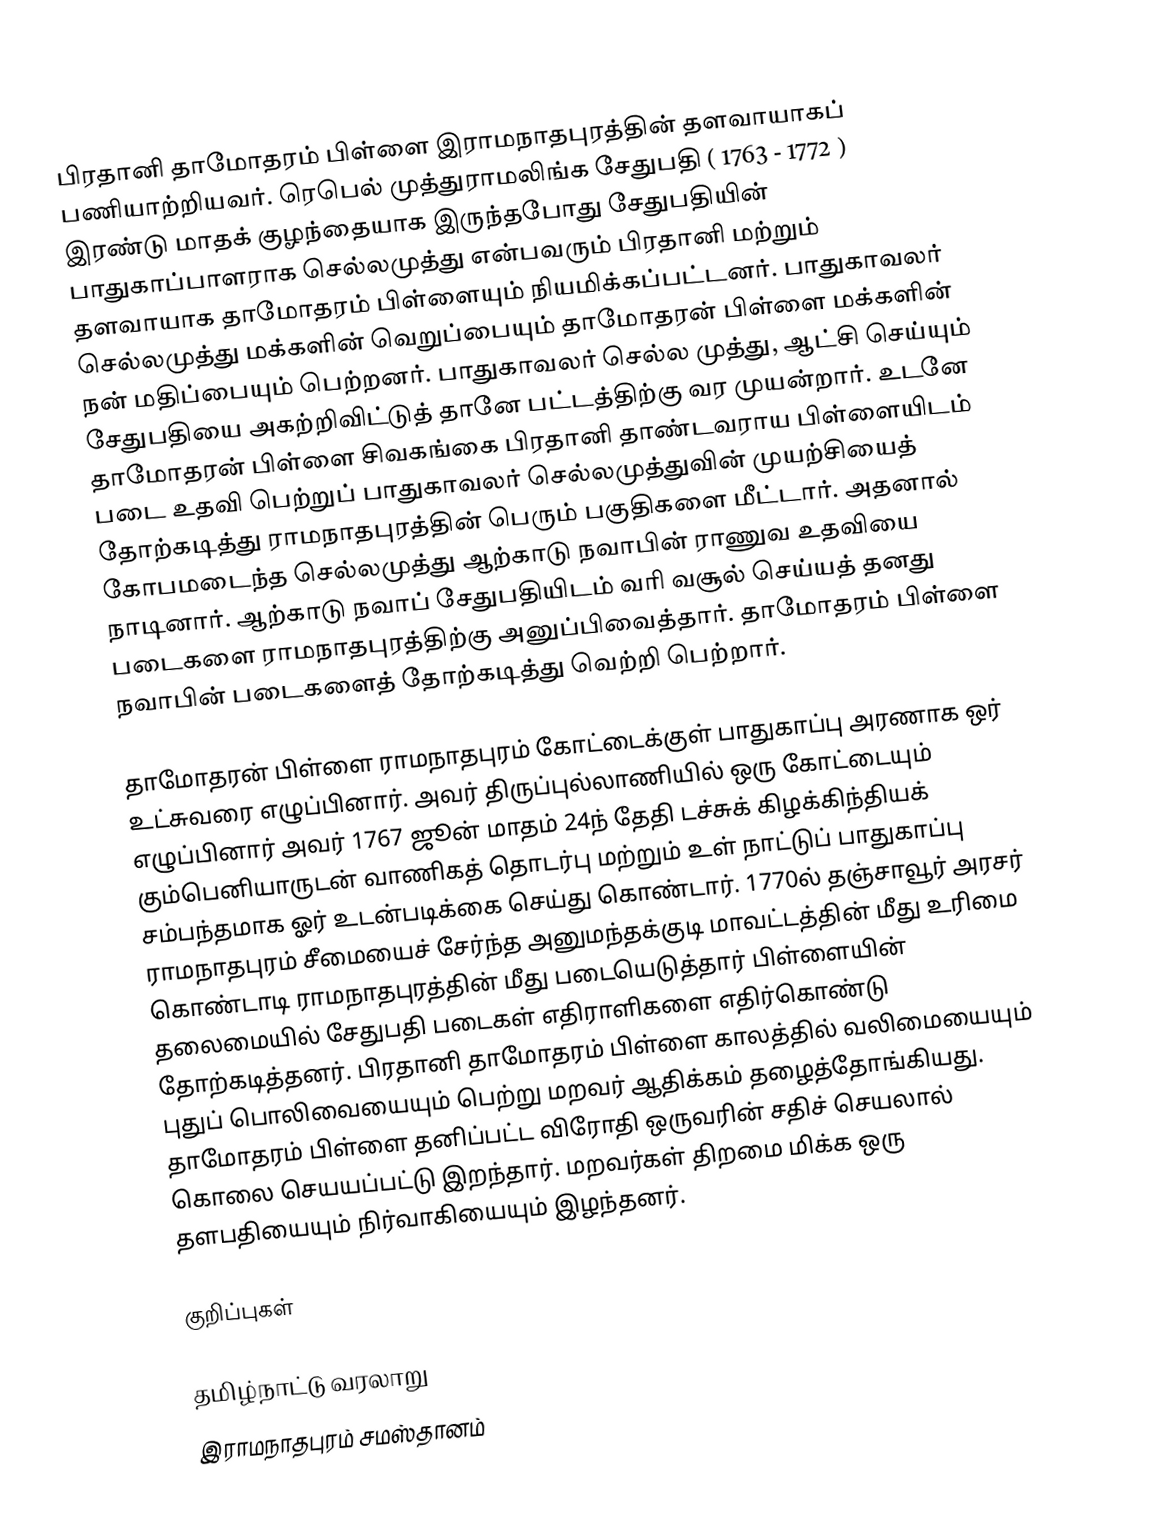
பிரதானி தாமோதரம் பிள்ளை இராமநாதபுரத்தின் தளவாயாகப் பணியாற்றியவர். ரெபெல் முத்துராமலிங்க சேதுபதி ( 1763 - 1772 ) இரண்டு மாதக் குழந்தையாக இருந்தபோது சேதுபதியின் பாதுகாப்பாளராக செல்லமுத்து என்பவரும் பிரதானி மற்றும் தளவாயாக தாமோதரம் பிள்ளையும் நியமிக்கப்பட்டனர். பாதுகாவலர் செல்லமுத்து மக்களின் வெறுப்பையும் தாமோதரன் பிள்ளை மக்களின் நன் மதிப்பையும் பெற்றனர். பாதுகாவலர் செல்ல முத்து, ஆட்சி செய்யும் சேதுபதியை அகற்றிவிட்டுத் தானே பட்டத்திற்கு வர முயன்றார். உடனே தாமோதரன் பிள்ளை சிவகங்கை பிரதானி தாண்டவராய பிள்ளையிடம் படை உதவி பெற்றுப் பாதுகாவலர் செல்லமுத்துவின் முயற்சியைத் தோற்கடித்து ராமநாதபுரத்தின் பெரும் பகுதிகளை மீட்டார். அதனால் கோபமடைந்த செல்லமுத்து ஆற்காடு நவாபின் ராணுவ உதவியை நாடினார். ஆற்காடு நவாப் சேதுபதியிடம் வரி வசூல் செய்யத் தனது படைகளை ராமநாதபுரத்திற்கு அனுப்பிவைத்தார். தாமோதரம் பிள்ளை நவாபின் படைகளைத் தோற்கடித்து வெற்றி பெற்றார்.

தாமோதரன் பிள்ளை ராமநாதபுரம் கோட்டைக்குள் பாதுகாப்பு அரணாக ஒர் உட்சுவரை எழுப்பினார். அவர் திருப்புல்லாணியில் ஒரு கோட்டையும் எழுப்பினார் அவர் 1767 ஜூன் மாதம் 24ந் தேதி டச்சுக் கிழக்கிந்தியக் கும்பெனியாருடன் வாணிகத் தொடர்பு மற்றும் உள் நாட்டுப் பாதுகாப்பு சம்பந்தமாக ஓர் உடன்படிக்கை செய்து கொண்டார். 1770ல் தஞ்சாவூர் அரசர் ராமநாதபுரம் சீமையைச் சேர்ந்த அனுமந்தக்குடி மாவட்டத்தின் மீது உரிமை கொண்டாடி ராமநாதபுரத்தின் மீது படையெடுத்தார் பிள்ளையின் தலைமையில் சேதுபதி படைகள் எதிராளிகளை எதிர்கொண்டு தோற்கடித்தனர். பிரதானி தாமோதரம் பிள்ளை காலத்தில் வலிமையையும் புதுப் பொலிவையையும் பெற்று  மறவர் ஆதிக்கம் தழைத்தோங்கியது. தாமோதரம் பிள்ளை தனிப்பட்ட விரோதி ஒருவரின் சதிச் செயலால் கொலை செயயப்பட்டு இறந்தார். மறவர்கள் திறமை மிக்க ஒரு தளபதியையும் நிர்வாகியையும் இழந்தனர்.

குறிப்புகள்

தமிழ்நாட்டு வரலாறு
இராமநாதபுரம் சமஸ்தானம்